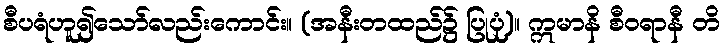
စီပရံဟူ၍သော်လည်းကောင်း။ (အနီးတထည်၌ ပြုပုံ)။ ဣမာနိ စီဝရာနီ တိ